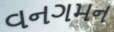
વનગમન